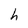
Character: h